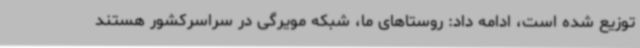
توزیع شده است، ادامه داد: روستاهای ما، شبکه مویرگی در سراسرکشور هستند